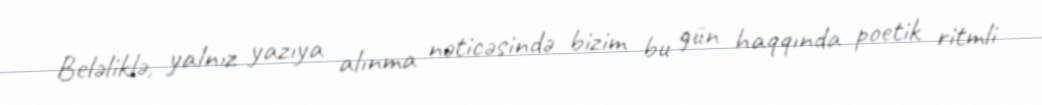
Beləliklə, yalnız yazıya alınma nəticəsində bizim bu gün haqqında poetik ritmli